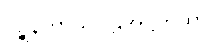
ပဉ္စနိကာယပါဠိအဋ္ဌကထာ